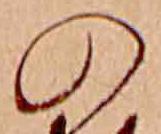
の